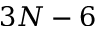
3 N - 6